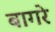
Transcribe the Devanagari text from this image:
बागरे